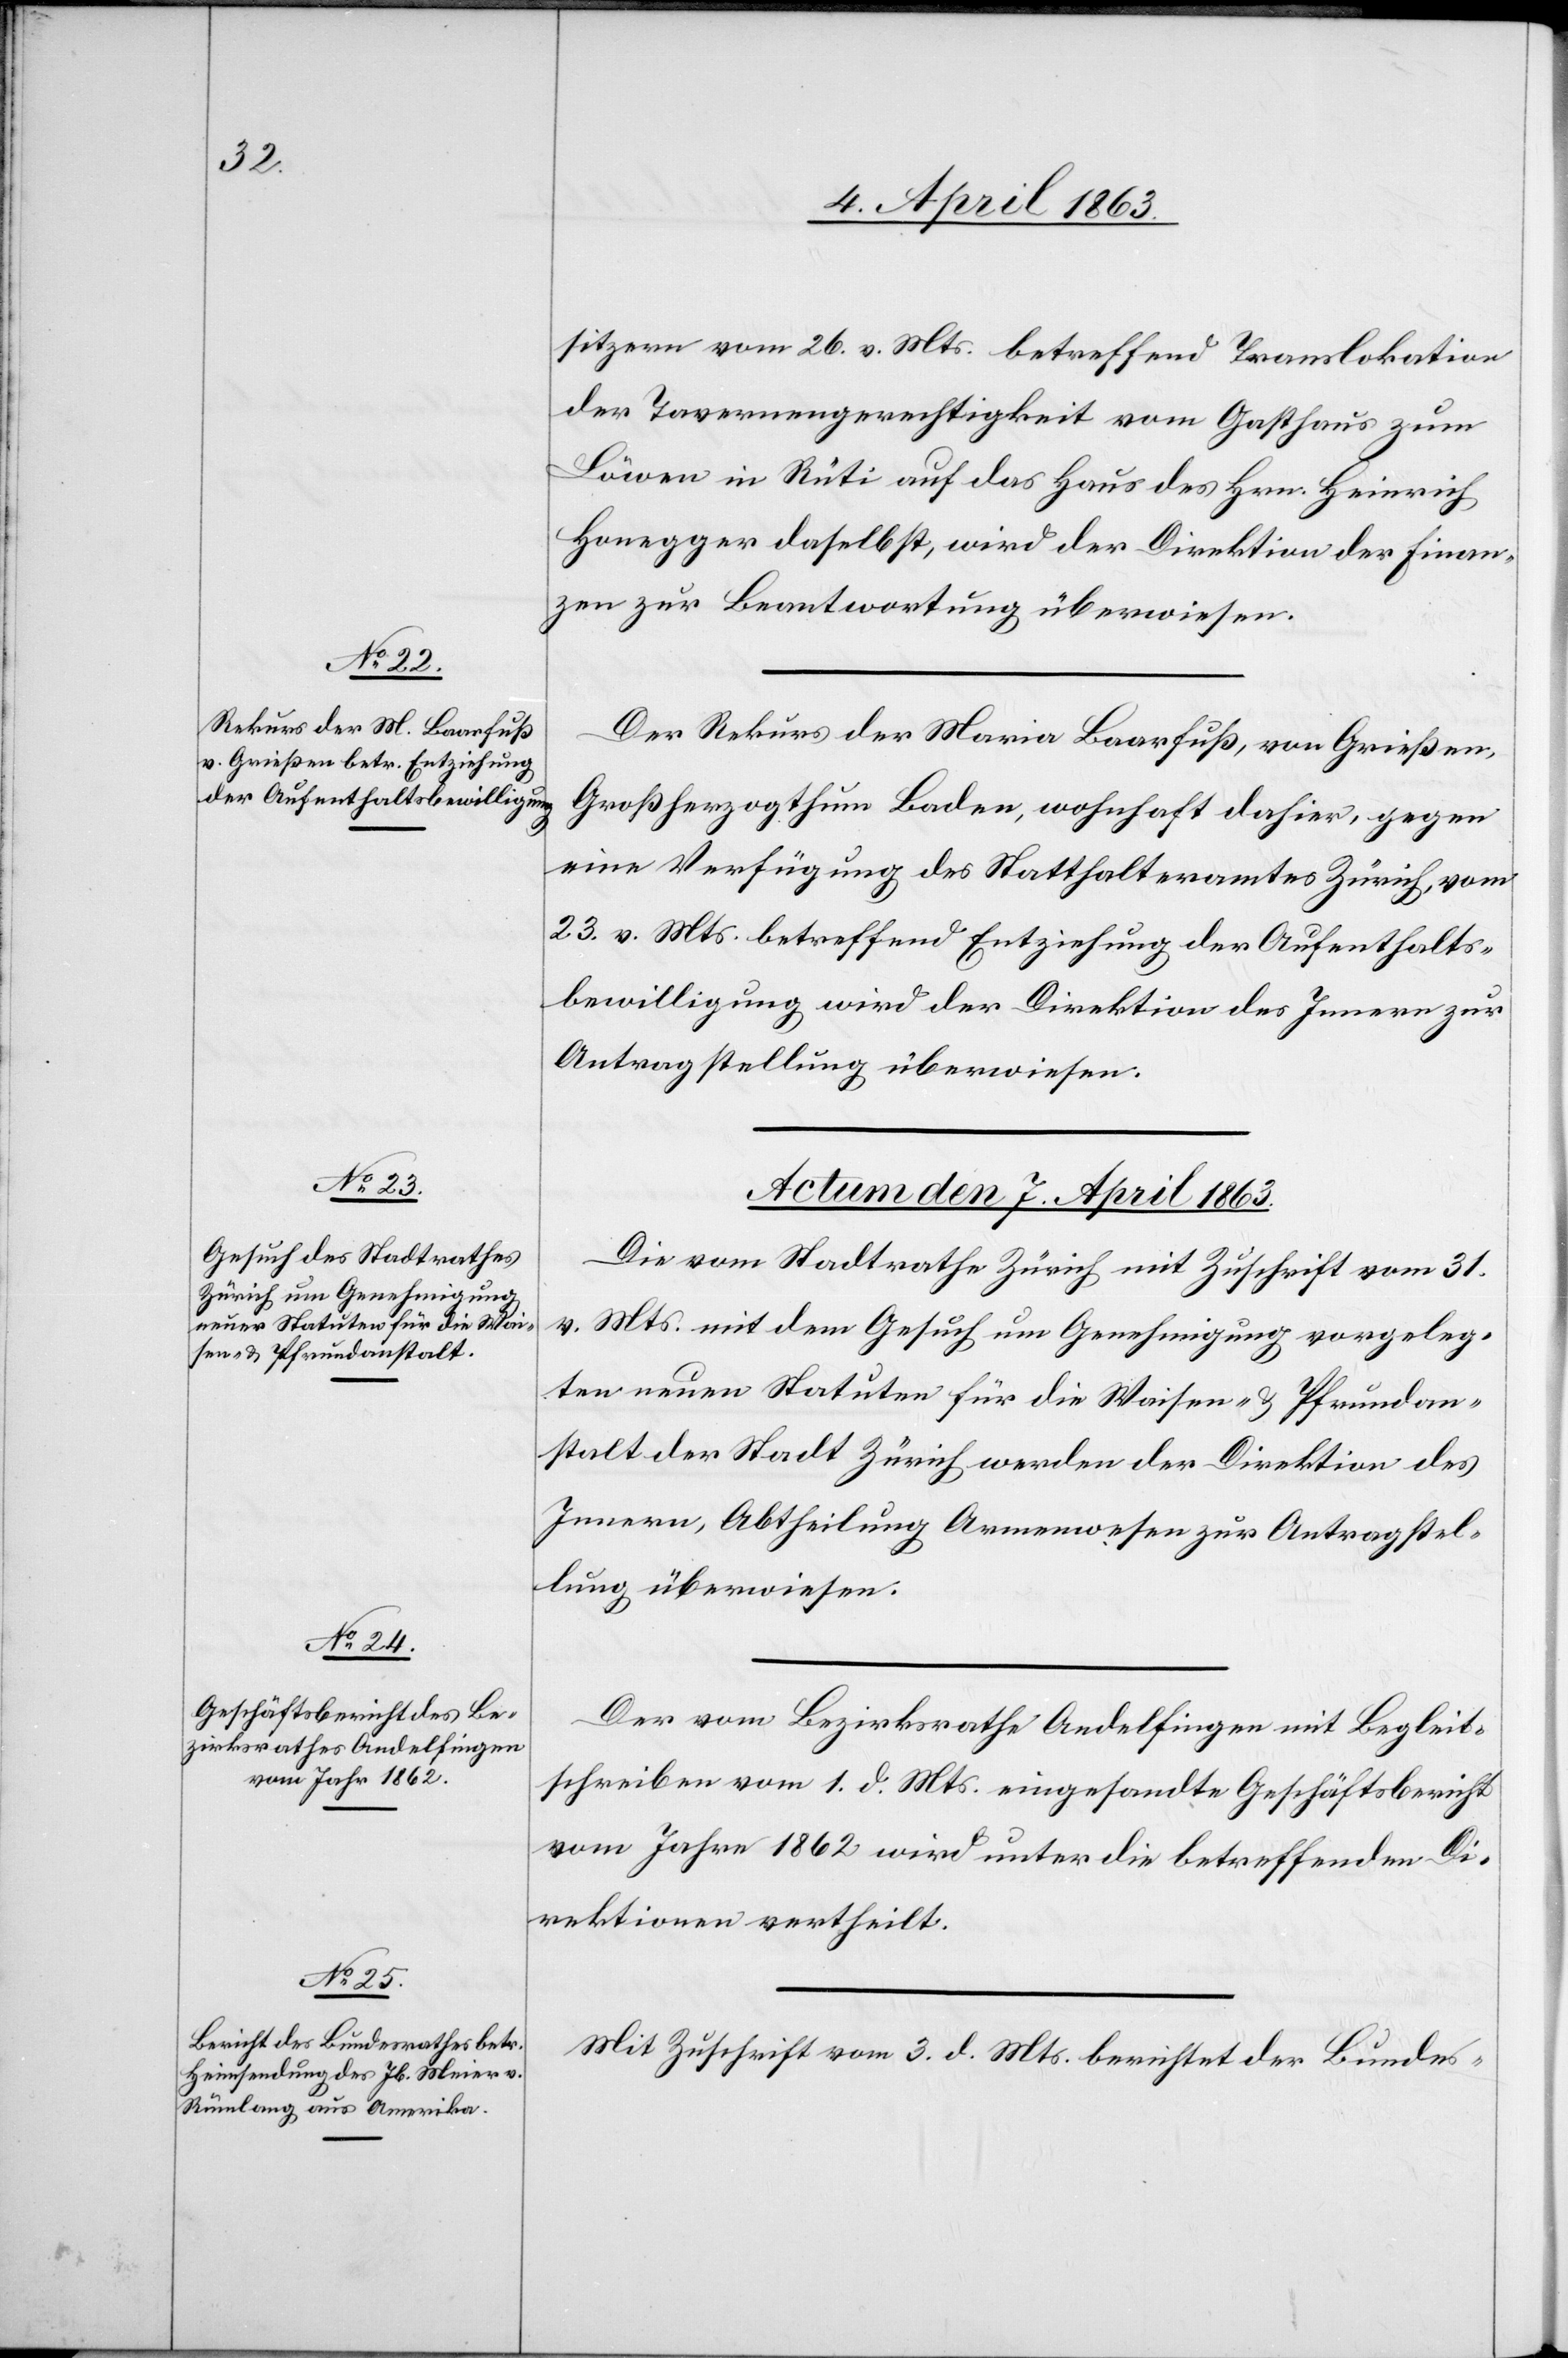
sitzern vom 26. v. Mts. betreffend Translokation
der Tavernengerechtigkeit vom Gasthaus zum
Löwen in Rüti auf das Haus des Hrn. Heinrich
Honegger daselbst, wird der Direktion der Finan¬
zen zur Beantwortung überwiesen.
Der Rekurs der Maria Baarfuß, von Grießen,
Großherzogthum Baden, wohnhaft dahier, gegen
eine Verfügung des Statthalteramtes Zürich, vom
23. v. Mts. betreffend Entziehung der Aufenthalts¬
bewilligung wird der Direktion des Innern zur
Antragstellung überwiesen.
Actum den 7. April 1863.]
Die vom Stadtrathe Zürich mit Zuschrift vom 31.
v. Mts. mit dem Gesuch um Genehmigung vorgeleg¬
ten neuen Statuten für die Waisen- & Pfrundan¬
stalt der Stadt Zürich werden der Direktion des
Innern, Abtheilung Armenwesen zur Antragstel¬
lung überwiesen.
Der vom Bezirksrathe Andelfingen mit Begleit¬
schreiben vom 1. d. Mts. eingesandte Geschäftsbericht
vom Jahr 1862 wird unter die betreffenden Di¬
rektionen vertheilt.
Mit Zuschrift vom 3. d. Mts. berichtet der Bundes-